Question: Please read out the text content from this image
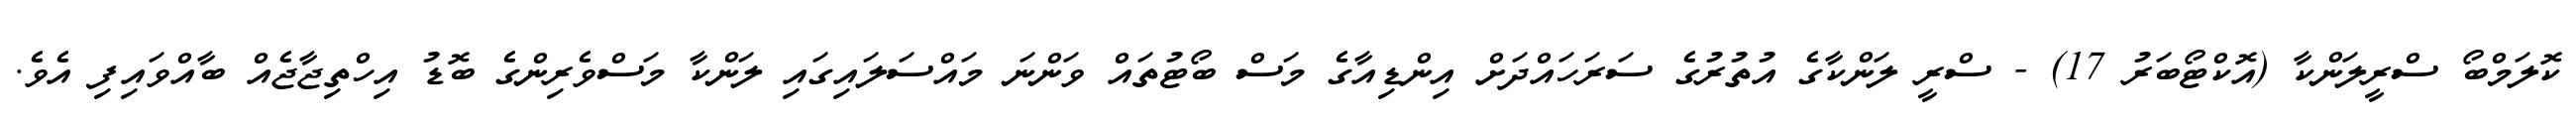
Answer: ކޮލަމްބޯ ސްރީލަންކާ (އޮކްޓޯބަރު 17) - ސްރީ ލަންކާގެ އުތުރުގެ ސަރަހައްދަށް އިންޑިއާގެ މަސް ބޯޓުތައް ވަންނަ މައްސަލައިގައި ލަންކާ މަސްވެރިންގެ ބޮޑު އިހްތިޖާޖެއް ބާއްވައިފި އެވެ.